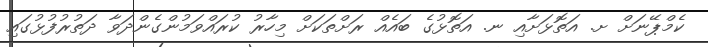
ކެމްޕޭނަށް ށ. އަތޮޅަށާއި ނ. އަތޮޅުގެ ބައެއް ރަށްތަކަށް މިހާރު ކުރައްވަމުންގެންދަވާ ދަތުރުފުޅުގައި